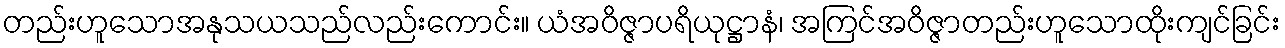
တည်းဟူသောအနုသယသည်လည်းကောင်း။ ယံအဝိဇ္ဇာပရိယုဋ္ဌာနံ၊ အကြင်အဝိဇ္ဇာတည်းဟူသောထိုးကျင်ခြင်း